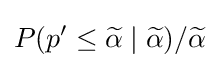
P(p^{\prime }\leq {\widetilde {\alpha }}\mid {\widetilde {\alpha }})/{\widetilde {\alpha }}